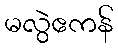
မလွဲဧကန်